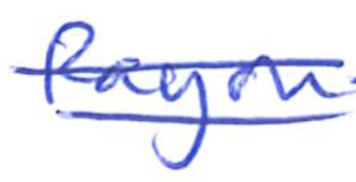
Text: Rayon
Cross-out: double-line
Writing tool: ballpoint